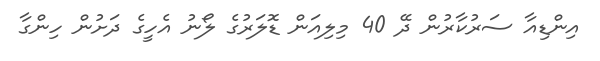
އިންޑިއާ ސަރުކާރުން ދޭ 40 މިލިއަން ޑޮލަރުގެ ލޯނު އެހީގެ ދަށުން ހިންގާ